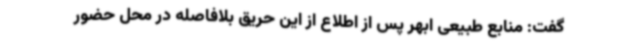
گفت: منابع‌ طبیعی ابهر پس از اطلاع از این حریق بلافاصله در محل حضور